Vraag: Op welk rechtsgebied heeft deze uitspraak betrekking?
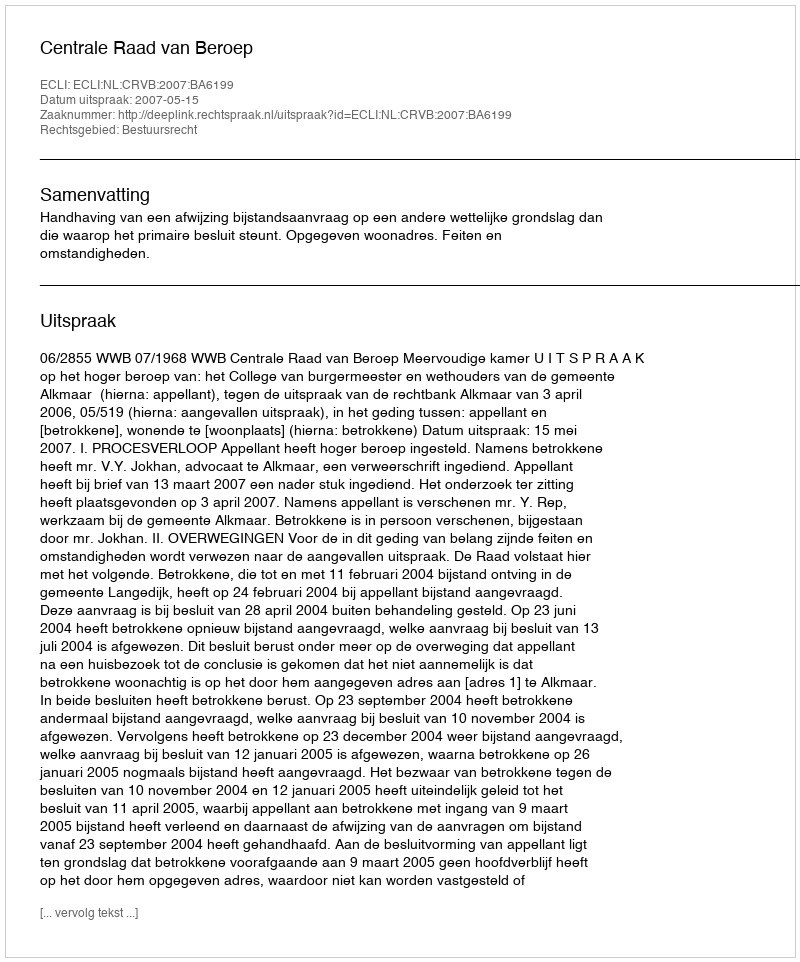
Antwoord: Bestuursrecht